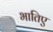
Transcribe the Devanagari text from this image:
भातिए